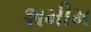
શમીમ